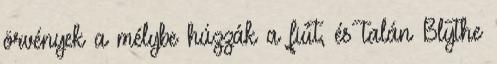
örvények a mélybe húzzák a fiút, és talán Blythe